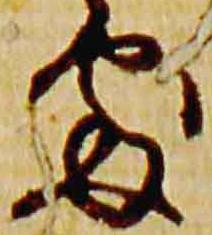
処